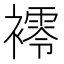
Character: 䙥